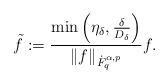
LaTeX: \begin{align*}\tilde{f}:=\frac{\min\left(\eta_{\delta},\frac{\delta}{D_{\delta}} \right)}{\left\Vert f \right\Vert_{\dot{F}^{\alpha,p}_{q}}}f.\end{align*}